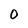
Character: 0